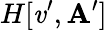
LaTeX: H[\mathit{v}^{\prime},\mathbf{{A}}^{\prime}]